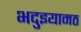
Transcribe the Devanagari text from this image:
भदुइयामठ